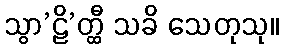
သွာ’ဠိ’တ္ထီ သခိ သေတုသု။